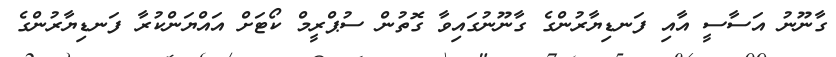
ގާނޫނު އަސާސީ އާއި ފަނޑިޔާރުންގެ ގާނޫނުގައިވާ ގޮތުން ސުޕްރީމް ކޯޓަށް އައްޔަންކުރާ ފަނޑިޔާރުންގެ